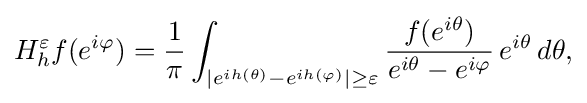
\displaystyle {H_{h}^{\varepsilon }f(e^{i\varphi })={1 \over \pi }\int _{|e^{ih(\theta )}-e^{ih(\varphi )}|\geq \varepsilon }{f(e^{i\theta }) \over e^{i\theta }-e^{i\varphi }}\,e^{i\theta }\,d\theta ,}